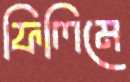
ফিলিমে